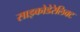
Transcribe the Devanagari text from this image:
साइकोडेरेलिक्ट